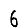
Digit: 6